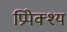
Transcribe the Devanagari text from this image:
प्रिपेक्श्य